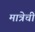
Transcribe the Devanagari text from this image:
मात्रेची